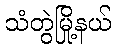
သံတွဲမြို့နယ်